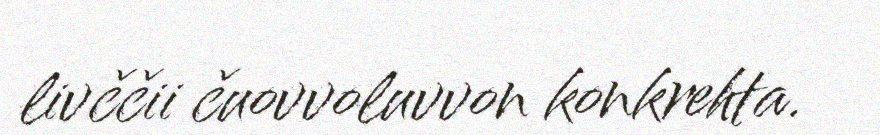
livččii čuovvoluvvon konkrehta.